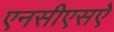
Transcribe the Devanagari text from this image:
एनसीएसऐ